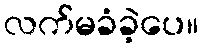
လက်မခံခဲ့ပေ။